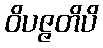
ဝိပဇ္ဇတိပိ